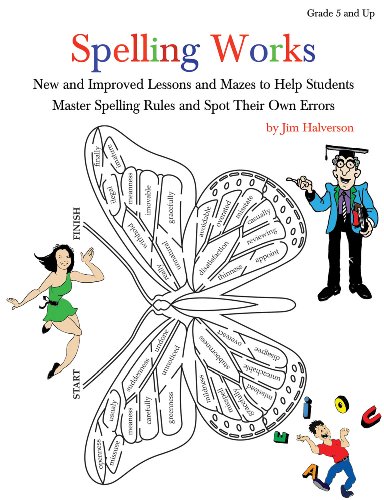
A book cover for Spelling Works; Jim Halverson; Reference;